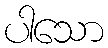
ပါသော